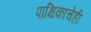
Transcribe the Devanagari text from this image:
पाक्षिकाचेही